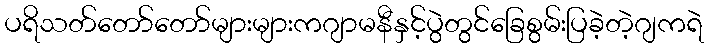
ပရိသတ်တော်တော်များများကဂျာမနီနှင့်ပွဲတွင်ခြေစွမ်းပြခဲ့တဲ့ဂျကရဲ